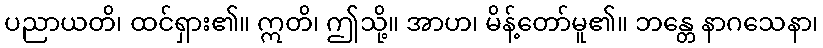
ပညာယတိ၊ ထင်ရှား၏။ ဣတိ၊ ဤသို့။ အာဟ၊ မိန့်တော်မူ၏။ ဘန္တေ နာဂသေနာ၊